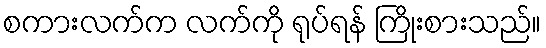
စကားလက်က လက်ကို ရုပ်ရန် ကြိုးစားသည်။